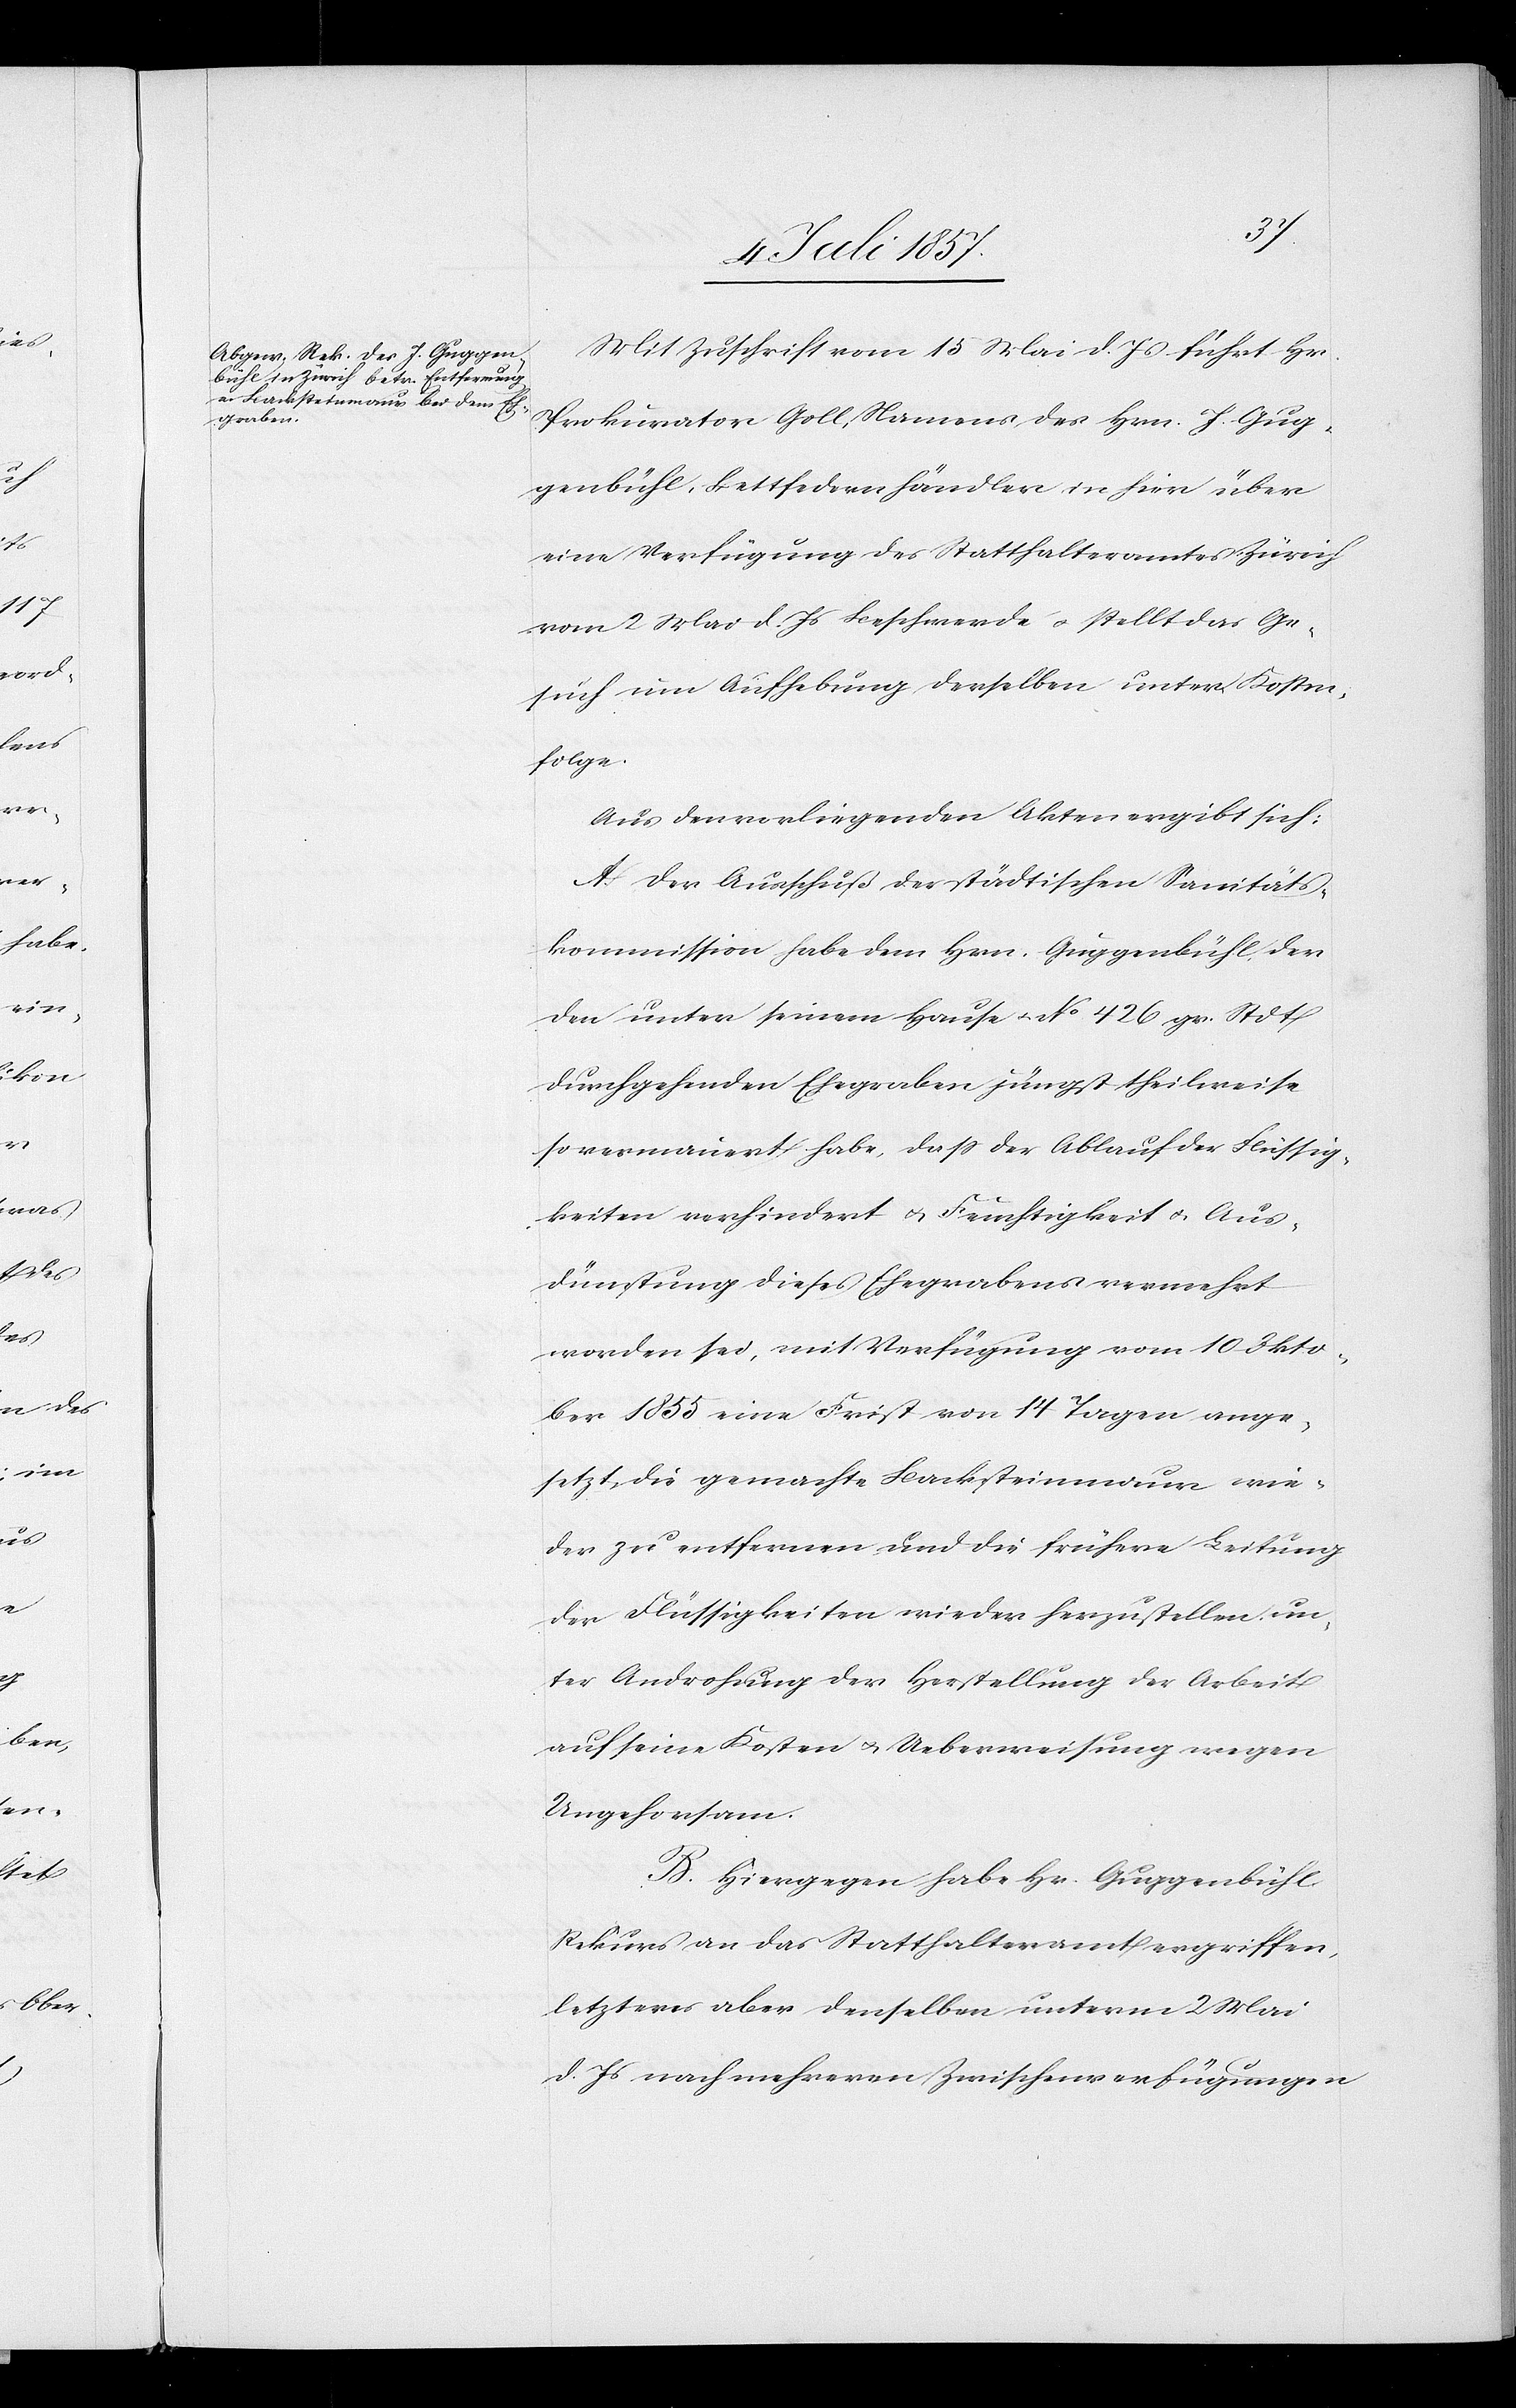
Mit Zuschrift vom 15 Mai d. Js. führt Hr.
Prokurator Goll, Namens des Hrn. J. Gug¬
genbühl, Bettfedernhändler in hier über
eine Verfügung des Statthalteramtes Zürich
vom 2 Mai d. Js. Beschwerde & stellt das Ge¬
such um Aufhebung derselben unter Kosten¬
folge.
Aus den vorliegenden Akten ergibt sich:
A. Der Ausschuß der städtischen Sanitäts¬
kommission habe dem Hrn. Guggenbühl der
den unter seinem Hause No 426 gr. Stdt
durchgehenden Ehegraben [sic!] jüngst theilweise
so vermauert habe, daß der Ablauf der Flüssig¬
keiten verhindert & Flüssigkeit & Aus¬
dünstung dieses Ehegrabens vermehrt
worden sei, mit Verfügung vom 10 Okto¬
ber 1853 eine Frist von 14 Tagen ange¬
setzt, die gemachte Backsteinmauer wie¬
der zu entfernen und die frühere Leitung
der Flüssigkeiten wieder herzustellen un¬
ter Androhung der Herstellung der Arbeit
auf seine Kosten & Ueberweisung wegen
Ungehorsam.
B. Hiergegen habe Hr. Guggenbühl
Rekurs an das Statthalteramt ergriffen,
letzteres aber denselben unterm 2 Mai
d. Js. nach mehreren Zwischenverfügungen